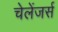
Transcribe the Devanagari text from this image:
चेलेंजर्स